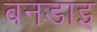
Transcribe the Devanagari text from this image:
बनडाइ